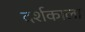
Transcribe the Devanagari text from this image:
दर्शकाला